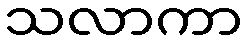
သလာကာ